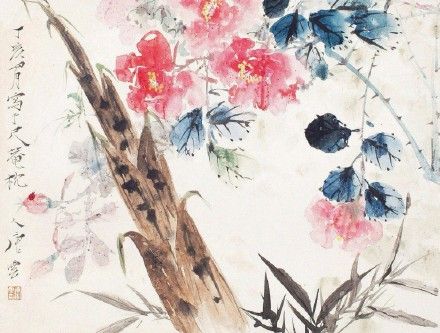
门外无人问落花，绿阴冉冉遍天涯。